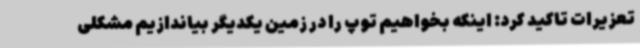
تعزیرات تاکید کرد: اینکه بخواهیم توپ را در زمین یکدیگر بیاندازیم مشکلی